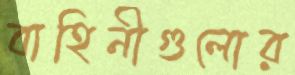
বাহিনীগুলোর